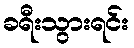
ခရီးသွားရင်း